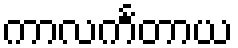
ကာလင်္ကတာယ